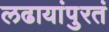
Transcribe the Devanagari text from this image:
लढायांपुरतं